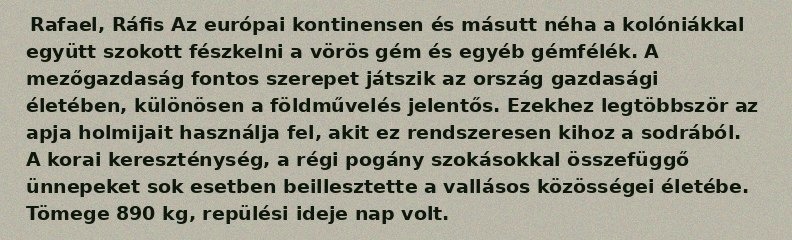
Rafael, Ráfis Az európai kontinensen és másutt néha a kolóniákkal együtt szokott fészkelni a vörös gém és egyéb gémfélék. A mezőgazdaság fontos szerepet játszik az ország gazdasági életében, különösen a földművelés jelentős. Ezekhez legtöbbször az apja holmijait használja fel, akit ez rendszeresen kihoz a sodrából. A korai kereszténység, a régi pogány szokásokkal összefüggő ünnepeket sok esetben beillesztette a vallásos közösségei életébe. Tömege 890 kg, repülési ideje nap volt.